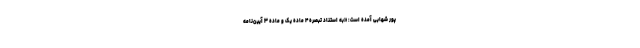
پور شهابی آمده است: «به استناد تبصره ۴ ماده یک و ماده ۳ آیین‌نامه